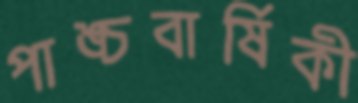
পাঙ্চবার্ষিকী